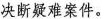
决断疑难案件。